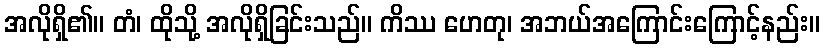
အလိုရှိ၏။ တံ၊ ထိုသို့ အလိုရှိခြင်းသည်။ ကိဿ ဟေတု၊ အဘယ်အကြောင်းကြောင့်နည်း။